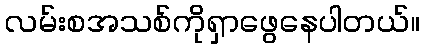
လမ်းစအသစ်ကိုရှာဖွေနေပါတယ်။